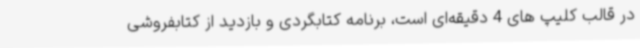
در قالب کلیپ های 4 دقیقه‌ای است، برنامه کتابگردی و بازدید از کتابفروشی